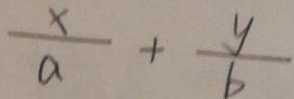
\frac { x } { a } + \frac { y } { b }